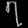
Digit: ၇